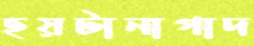
ছয়টানাগাদ